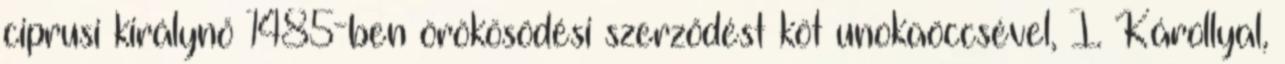
ciprusi királynő 1485-ben örökösödési szerződést köt unokaöccsével, I. Károllyal,